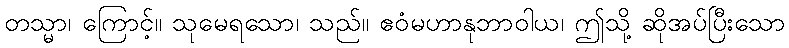
တသ္မာ၊ ကြောင့်။ သုမေရသော၊ သည်။ ဧဝံမဟာနုဘာဝါယ၊ ဤသို့ ဆိုအပ်ပြီးသော